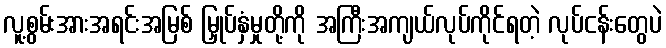
လူ့စွမ်းအားအရင်းအမြစ် မြှုပ်နှံမှုတို့ကို အကြီးအကျယ်လုပ်ကိုင်ရတဲ့ လုပ်ငန်းတွေပဲ